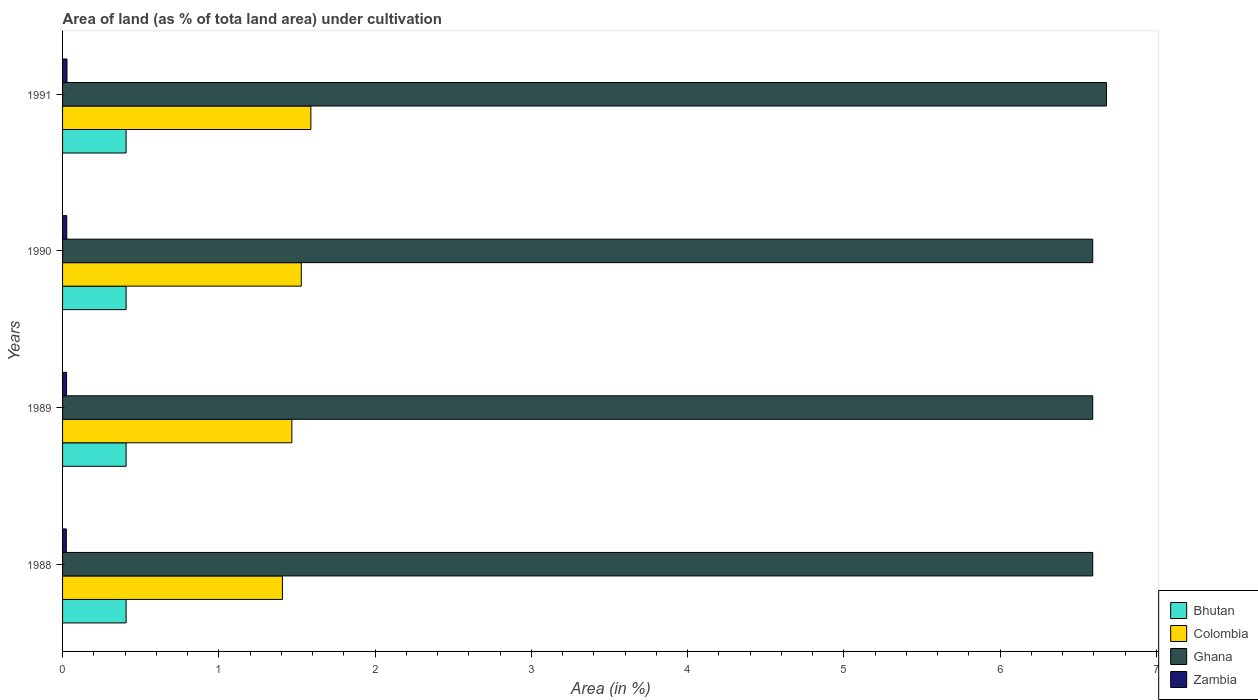
| Years | Bhutan | Colombia | Ghana | Zambia |
 | --- | --- | --- | --- | --- |
 | 1988 | 0.407 | 1.41 | 6.59 | 0.0242 |
 | 1989 | 0.407 | 1.47 | 6.59 | 0.0256 |
 | 1990 | 0.407 | 1.53 | 6.59 | 0.0269 |
 | 1991 | 0.407 | 1.59 | 6.68 | 0.0282 |